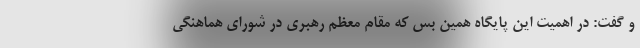
و گفت: در اهمیت این پایگاه همین بس که مقام معظم رهبری در شورای هماهنگی